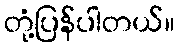
တုံ့ပြန်ပါတယ်။